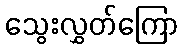
သွေးလွှတ်ကြော